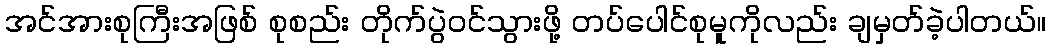
အင်အားစုကြီးအဖြစ် စုစည်း တိုက်ပွဲဝင်သွားဖို့ တပ်ပေါင်စုမူကိုလည်း ချမှတ်ခဲ့ပါတယ်။